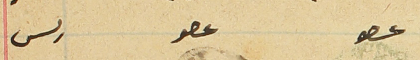
عصو                  عصو                     رىس